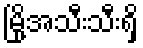
မြို့အသီးသီးရှိ